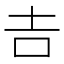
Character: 𠮷